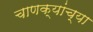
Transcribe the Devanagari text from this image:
चाणक्यांच्या